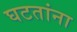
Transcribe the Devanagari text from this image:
घटतांना